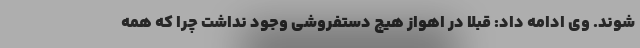
شوند. وی ادامه داد: قبلا در اهواز هیچ دستفروشی وجود نداشت چرا که همه